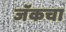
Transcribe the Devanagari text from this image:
जॅकचा